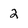
Character: 2